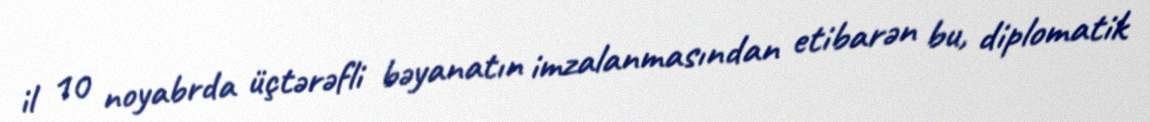
il 10 noyabrda üçtərəfli bəyanatın imzalanmasından etibarən bu, diplomatik